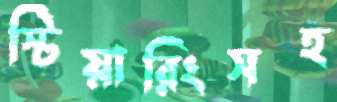
স্টিয়ারিংসহ